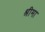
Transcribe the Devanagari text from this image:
श्रीमा